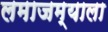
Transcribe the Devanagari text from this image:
लमाजम्याला